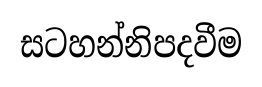
සටහන්නිපදවීම